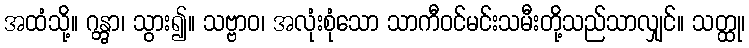
အထံသို့။ ဂန္တွာ၊ သွား၍။ သဗ္ဗာဝ၊ အလုံးစုံသော သာကီဝင်မင်းသမီးတို့သည်သာလျှင်။ သတ္ထု၊